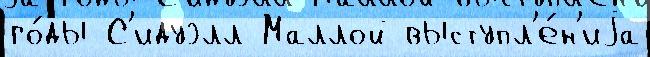
го́ды С'идуэлл Маллой выступл'е́н'иjа